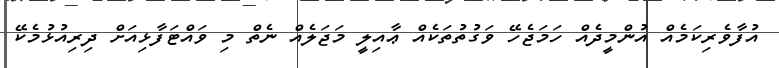
އުފާވެރިކަމެއް އުންމީދެއް ހަމަޖެހޭ ވަގުތުތަކެއް ޢާއިލީ މަޖަލެއް ނެތް މި ވައްޓަފާޅިއަށް ދިރިއުޅުމެކޭ